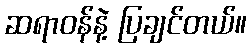
ဆရာဝန်နဲ့ ပြချင်တယ်။